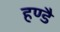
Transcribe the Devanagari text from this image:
हण्डै